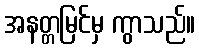
အနတ္တမြင်မှ ကွာသည်။